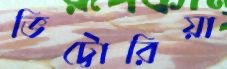
ভিট্টোরিয়া